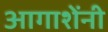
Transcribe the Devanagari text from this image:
आगाशेंनी